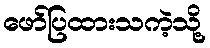
ဖော်ပြထားသကဲ့သို့